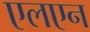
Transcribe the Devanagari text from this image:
एलएन